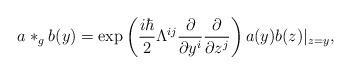
LaTeX: \begin{align*}a*_gb(y) =\exp \left(\frac{i\hbar }2\Lambda ^{ij}\frac \partial {\partial y^i}\frac \partial{\partial z^j}\right) a(y)b(z)|_{z=y}, \end{align*}